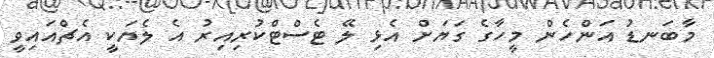
މާބަނޑު އަންހެން މީހާގެ ގަޔަށް އެޅި ލޭ ޓެސްޓްކުރިއިރު އެ ލެޔަކީ އެޗްއައިވީ